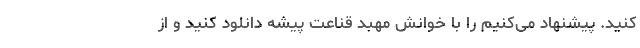
کنید. پیشنهاد می‌کنیم را با خوانش مهبد قناعت پیشه دانلود کنید و از